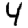
Digit: 4